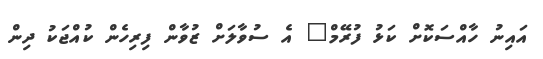
އައިނު ހާއްސަކޮށް ކަޅު ފުރޭމް" އެ ސުވާލަށް ޒުވާން ފިރިހެން ކުއްޖަކު ދިން